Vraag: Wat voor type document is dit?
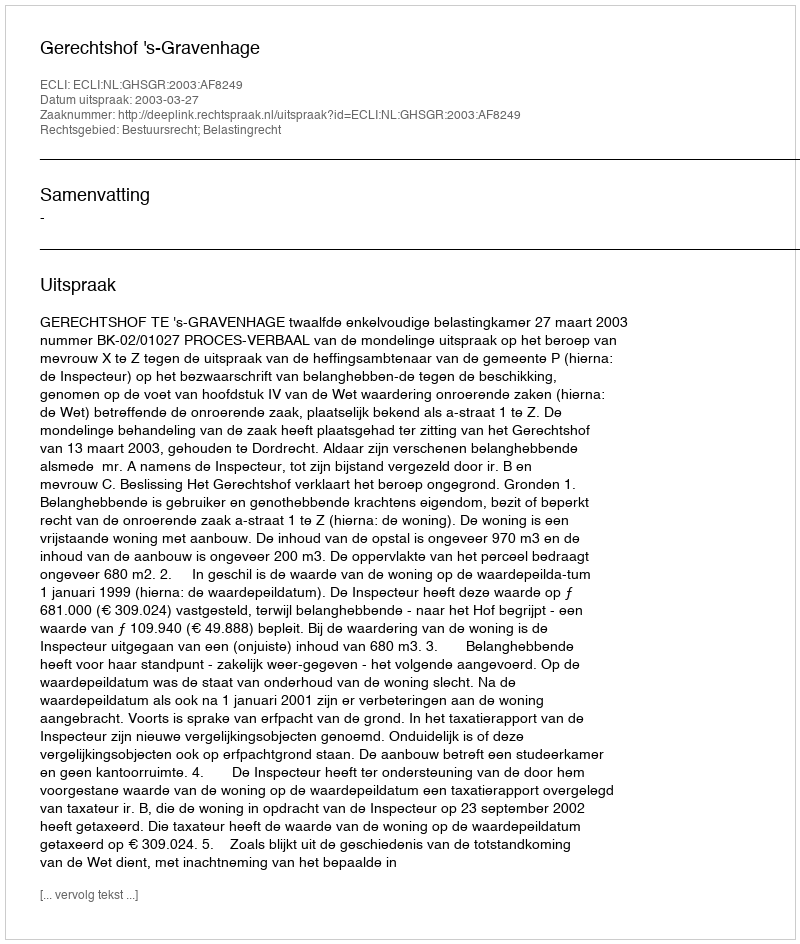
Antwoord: Uitspraak